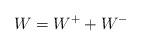
LaTeX: \begin{align*}W=W^+ + W^-\end{align*}